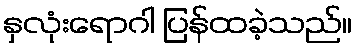
နှလုံးရောဂါ ပြန်ထခဲ့သည်။